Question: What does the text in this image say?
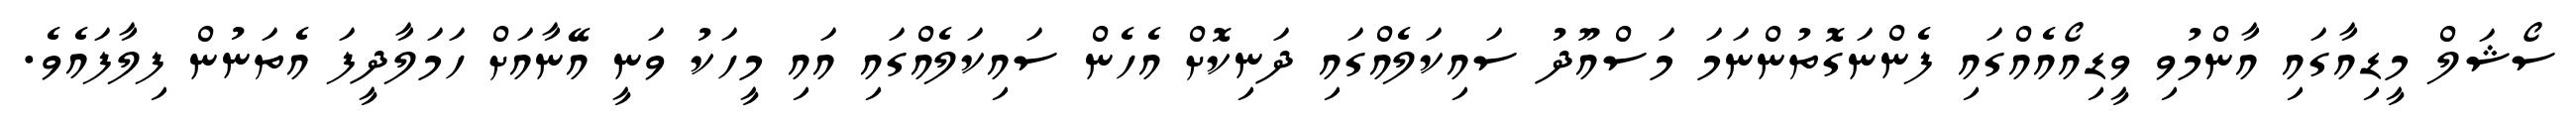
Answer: ސޯޝަލް މީޑިއާގައި އާންމުވި ވީޑިއޯއެއްގައި ފެންނަގޮތުންނަމަ މަސްއޫދު ސައިކަލެއްގައި ދަނިކޮށް އެހެން ސައިކަލެއްގައި އައި މީހަކު ވަނީ އޭނާއަށް ހަމަލާދީފަ އެތަނުން ފިލާފައެވެ.